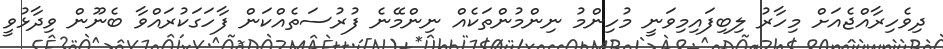
ދިވެހިރާއްޖެއަށް މިހާރު ލިބިފައިމިވަނީ މުހިންމު ނިންމުންތަކެއް ނިންމޭނެ ފުރުސަތެއްކަން ފާހަގަކުރައްވާ ބެނޫން ވިދާޅުވީ